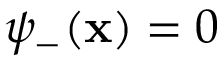
\psi _ { - } ( \mathbf { x } ) = 0